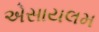
એસાયલમ